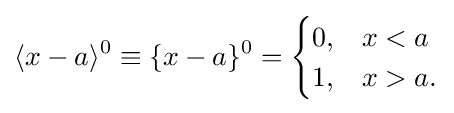
\langle x-a\rangle ^{0}\equiv \{x-a\}^{0}={\begin{cases}0,&x<a\\1,&x>a.\end{cases}}